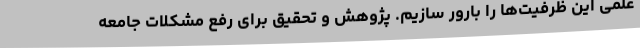
علمی این ظرفیت‌ها را بارور سازیم. پژوهش و تحقیق برای رفع مشکلات جامعه